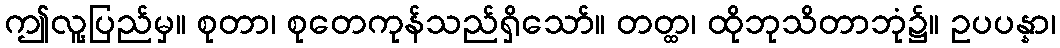
ဤလူ့ပြည်မှ။ စုတာ၊ စုတေကုန်သည်ရှိသော်။ တတ္ထ၊ ထိုဘုသိတာဘုံ၌။ ဥပပန္နာ၊